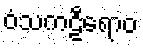
ဝံသကဠီရောဝ